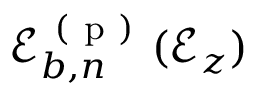
\mathscr { E } _ { b , n } ^ { \mathrm { ~ ( ~ p ~ ) ~ } } ( \mathcal { E } _ { z } )